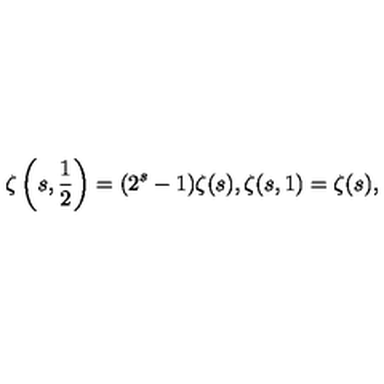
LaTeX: \zeta \left( s , \frac { 1 } { 2 } \right) = ( 2 ^ { s } - 1 ) \zeta ( s ) , \zeta ( s , 1 ) = \zeta ( s ) ,